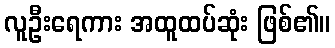
လူဦးရေကား အထူထပ်ဆုံး ဖြစ်၏။